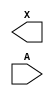
module sky130_fd_sc_hd__lpflow_lsbuf_lh_isowell_tap (
    X,
    A
);

    output X;
    input  A;

    // Voltage supply signals
    wire    LOWLVPWR;
    supply1 VPWR    ;
    supply0 VGND    ;
    supply1 VPB     ;

endmodule